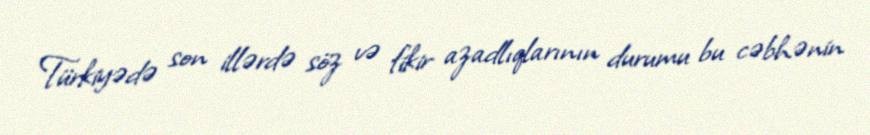
Türkiyədə son illərdə söz və fikir azadlıqlarının durumu bu cəbhənin